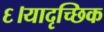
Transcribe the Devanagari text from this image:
६।यादृच्छिक